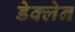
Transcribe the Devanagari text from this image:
डेक्लेन